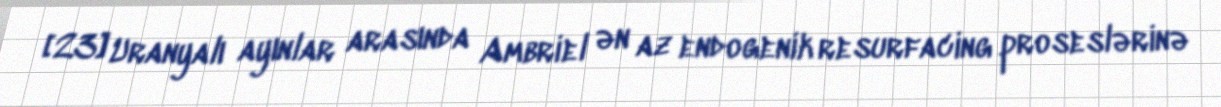
[23] Uranyalı ayınlar arasında Ambriel ən az endogenik resurfacing proseslərinə